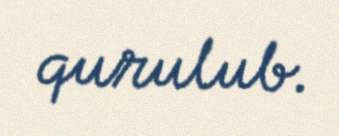
qurulub.